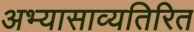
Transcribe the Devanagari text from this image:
अभ्यासाव्यतिरित